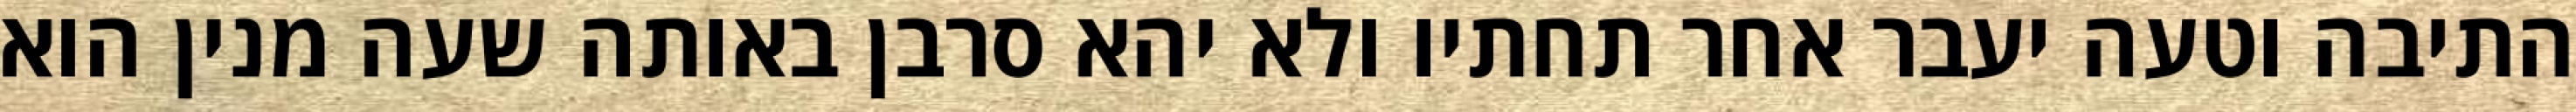
התיבה וטעה יעבר אחר תחתיו ולא יהא סרבן באותה שעה מנין הוא